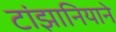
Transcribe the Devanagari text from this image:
टांझानियाने